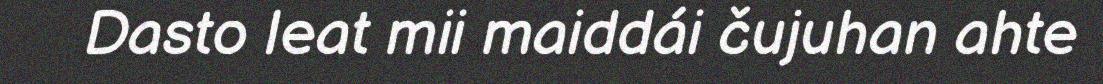
Dasto leat mii maiddái čujuhan ahte